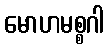
မောဟမစ္စဂါ